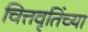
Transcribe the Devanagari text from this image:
चित्तवृतिंच्या